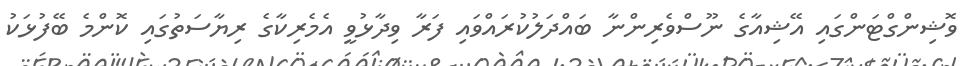
ވޮޝިންގްޓަންގައި އޭޝިއާގެ ނޫސްވެރިންނާ ބައްދަލުކުރައްވައި ފަރާ ވިދާޅުވީ އެމެރިކާގެ ރިޔާސަތުގައި ކޮންމެ ބޭފުޅަކު